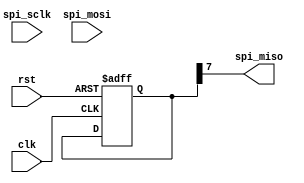
module spi_controller (
    input wire clk,
    input wire rst,
    input wire spi_sclk,
    input wire spi_mosi,
    output reg spi_miso
);

reg [7:0] data_in;
reg [7:0] data_out;
reg [2:0] state;

always @(posedge clk or posedge rst) begin
    if (rst) begin
        state <= 0;
        data_out <= 0;
    end else begin
        case (state)
            0: begin
                // Handle synchronization logic here
                state <= 1;
            end
            1: begin
                // Handle timing and clock signal generation here
                state <= 2;
            end
            2: begin
                // Handle data transmission and reception logic here
                state <= 0;
            end
        endcase
    end
end

assign spi_miso = data_out[7];

endmodule